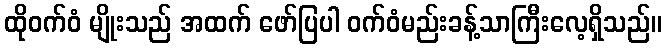
ထိုဝက်ဝံ မျိုးသည် အထက် ဖော်ပြပါ ဝက်ဝံမည်းခန့်သာကြီးလေ့ရှိသည်။